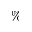
\%